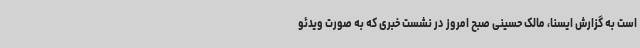
است به گزارش ایسنا، مالک حسینی صبح امروز در نشست خبری که به صورت ویدئو